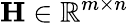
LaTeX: \mathbf{H}\in\mathbb{R}^{m\times n}